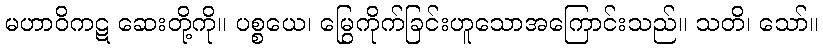
မဟာဝိကဋ ဆေးတို့ကို။ ပစ္စယေ၊ မြွေကိုက်ခြင်းဟူသောအကြောင်းသည်။ သတိ၊ သော်။